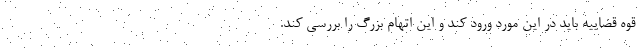
قوه قضاییه باید در این مورد ورود کند و این اتهام بزرگ را بررسی کند.